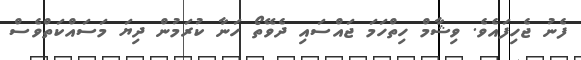
ފެނު ޖެހިފައެވެ. ވިޝާމް ހިތްހަމަ ޖައްސައި ދެވޭތޯ ހަނާ ކުރަމުން ދިޔަ މަސައްކަތްވެސް